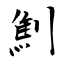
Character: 劁